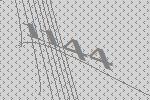
1144